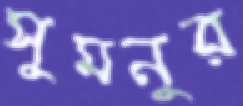
সুমনুর